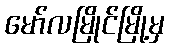
မော်လမြိုင်မြို့မှ